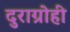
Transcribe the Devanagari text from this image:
दुराग्रोही